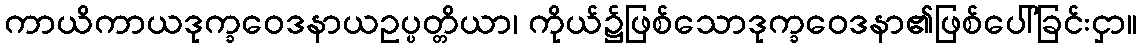
ကာယိကာယဒုက္ခဝေဒနာယဥပ္ပတ္တိယာ၊ ကိုယ်၌ဖြစ်သောဒုက္ခဝေဒနာ၏ဖြစ်ပေါ်ခြင်းငှာ။